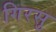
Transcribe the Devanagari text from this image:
गिरसु